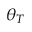
\theta _ { T }